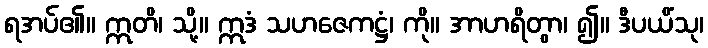
ရအပ်၏။ ဣတိ၊ သို့။ ဣဒံ သဟဇေကဋ္ဌံ၊ ကို။ အာဟရိတွာ၊ ၍။ ဒီပယိံသု၊